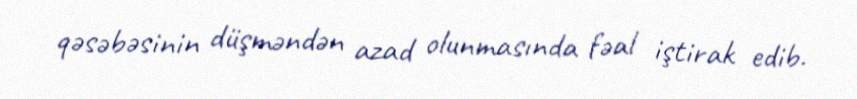
qəsəbəsinin düşməndən azad olunmasında fəal iştirak edib.